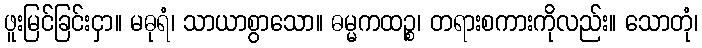
ဖူးမြင်ခြင်းငှာ။ မဓုရံ၊ သာယာစွာသော။ ဓမ္မကထဉ္စ၊ တရားစကားကိုလည်း။ သောတုံ၊